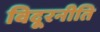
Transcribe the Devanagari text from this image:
विदूरनीति